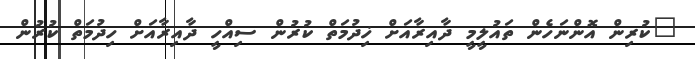
"ކުރިން އޮންނަހެން ތައުލީމީ ދާއިރާއަށް ޚިދުމަތް ކުރުން ސިއްހީ ދާއިރާއަށް ހިދުމަތް ކުރުން